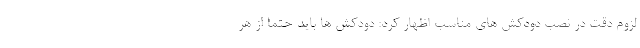
لزوم دقت در نصب دودکش های مناسب اظهار کرد: دودکش ها باید حتما از هر